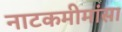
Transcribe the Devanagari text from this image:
नाटकमीमांसा